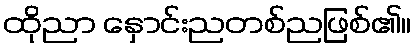
ထိုညာ နှောင်းညတစ်ညဖြစ်၏။